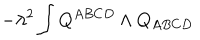
- \lambda ^ { 2 } \int Q ^ { A B C D } \wedge Q _ { A B C D } \label E